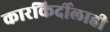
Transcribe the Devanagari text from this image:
कारकिर्दीलाही